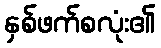
နှစ်ဖက်စလုံး၏